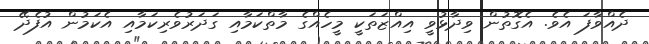
ދެއްވާފަ އެވެ. އެގޮތުން ވިދާޅުވީ އިއްޒަތަކީ މީހެއްގެ މާތްކަމާއި ގަދަރުވެރިކަމާއި އެކަމުން އުފެދޭ